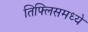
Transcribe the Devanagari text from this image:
तिफ्लिसमध्ये